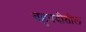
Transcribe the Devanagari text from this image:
बहुपदीतील